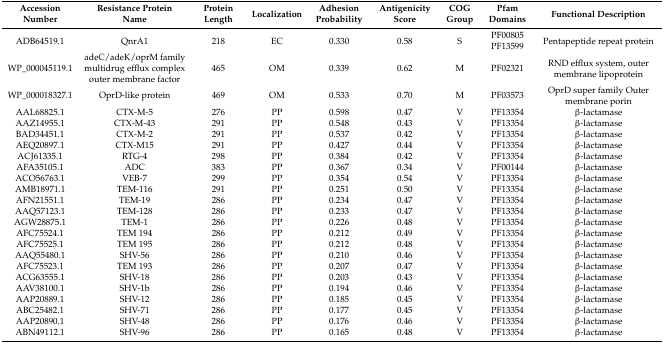
<table><thead><tr><td><b>Accession Number</b></td><td><b>Resistance Protein Name</b></td><td><b>Protein Length</b></td><td><b>Localization</b></td><td><b>Adhesion Probability</b></td><td><b>Antigenicity Score</b></td><td><b>COG Group</b></td><td><b>Pfam Domains</b></td><td><b>Functional Description</b></td></tr></thead><tbody><tr><td>ADB64519.1</td><td>QnrA1</td><td>218</td><td>EC</td><td>0.330</td><td>0.58</td><td>S</td><td>PF00805 PF13599</td><td>Pentapeptide repeat protein</td></tr><tr><td>WP_000045119.1</td><td>adeC/adeK/oprM family multidrug efflux complex outer membrane factor</td><td>465</td><td>OM</td><td>0.339</td><td>0.62</td><td>M</td><td>PF02321</td><td>RND efflux system, outer membrane lipoprotein</td></tr><tr><td>WP_000018327.1</td><td>OprD-like protein</td><td>469</td><td>OM</td><td>0.533</td><td>0.70</td><td>M</td><td>PF03573</td><td>OprD super family Outer membrane porin</td></tr><tr><td>AAL68825.1</td><td>CTX-M-5</td><td>276</td><td>PP</td><td>0.598</td><td>0.47</td><td>V</td><td>PF13354</td><td>β-lactamase</td></tr><tr><td>AAZ14955.1</td><td>CTX-M-43</td><td>291</td><td>PP</td><td>0.548</td><td>0.43</td><td>V</td><td>PF13354</td><td>β-lactamase</td></tr><tr><td>BAD34451.1</td><td>CTX-M-2</td><td>291</td><td>PP</td><td>0.537</td><td>0.42</td><td>V</td><td>PF13354</td><td>β-lactamase</td></tr><tr><td>AEQ20897.1</td><td>CTX-M15</td><td>291</td><td>PP</td><td>0.427</td><td>0.44</td><td>V</td><td>PF13354</td><td>β-lactamase</td></tr><tr><td>ACJ61335.1</td><td>RTG-4</td><td>298</td><td>PP</td><td>0.384</td><td>0.42</td><td>V</td><td>PF13354</td><td>β-lactamase</td></tr><tr><td>AFA35105.1</td><td>ADC</td><td>383</td><td>PP</td><td>0.367</td><td>0.34</td><td>V</td><td>PF00144</td><td>β-lactamase</td></tr><tr><td>ACO56763.1</td><td>VEB-7</td><td>299</td><td>PP</td><td>0.354</td><td>0.54</td><td>V</td><td>PF13354</td><td>β-lactamase</td></tr><tr><td>AMB18971.1</td><td>TEM-116</td><td>291</td><td>PP</td><td>0.251</td><td>0.50</td><td>V</td><td>PF13354</td><td>β-lactamase</td></tr><tr><td>AFN21551.1</td><td>TEM-19</td><td>286</td><td>PP</td><td>0.234</td><td>0.47</td><td>V</td><td>PF13354</td><td>β-lactamase</td></tr><tr><td>AAQ57123.1</td><td>TEM-128</td><td>286</td><td>PP</td><td>0.233</td><td>0.47</td><td>V</td><td>PF13354</td><td>β-lactamase</td></tr><tr><td>AGW28875.1</td><td>TEM-1</td><td>286</td><td>PP</td><td>0.226</td><td>0.48</td><td>V</td><td>PF13354</td><td>β-lactamase</td></tr><tr><td>AFC75524.1</td><td>TEM 194</td><td>286</td><td>PP</td><td>0.212</td><td>0.49</td><td>V</td><td>PF13354</td><td>β-lactamase</td></tr><tr><td>AFC75525.1</td><td>TEM 195</td><td>286</td><td>PP</td><td>0.212</td><td>0.48</td><td>V</td><td>PF13354</td><td>β-lactamase</td></tr><tr><td>AAQ55480.1</td><td>SHV-56</td><td>286</td><td>PP</td><td>0.210</td><td>0.46</td><td>V</td><td>PF13354</td><td>β-lactamase</td></tr><tr><td>AFC75523.1</td><td>TEM 193</td><td>286</td><td>PP</td><td>0.207</td><td>0.47</td><td>V</td><td>PF13354</td><td>β-lactamase</td></tr><tr><td>ACG63555.1</td><td>SHV-18</td><td>286</td><td>PP</td><td>0.203</td><td>0.43</td><td>V</td><td>PF13354</td><td>β-lactamase</td></tr><tr><td>AAV38100.1</td><td>SHV-1b</td><td>286</td><td>PP</td><td>0.194</td><td>0.46</td><td>V</td><td>PF13354</td><td>β-lactamase</td></tr><tr><td>AAP20889.1</td><td>SHV-12</td><td>286</td><td>PP</td><td>0.185</td><td>0.45</td><td>V</td><td>PF13354</td><td>β-lactamase</td></tr><tr><td>ABC25482.1</td><td>SHV-71</td><td>286</td><td>PP</td><td>0.177</td><td>0.45</td><td>V</td><td>PF13354</td><td>β-lactamase</td></tr><tr><td>AAP20890.1</td><td>SHV-48</td><td>286</td><td>PP</td><td>0.176</td><td>0.46</td><td>V</td><td>PF13354</td><td>β-lactamase</td></tr><tr><td>ABN49112.1</td><td>SHV-96</td><td>286</td><td>PP</td><td>0.165</td><td>0.48</td><td>V</td><td>PF13354</td><td>β-lactamase</td></tr></tbody></table>